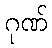
ဂုဏ်